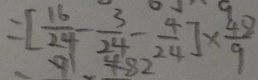
= [ \frac { 1 6 } { 2 4 } - \frac { 3 } { 2 4 } - \frac { 4 } { 2 4 } ] \times \frac { 4 8 } { 9 }